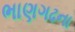
ભાણગઢના